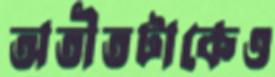
অতীতটাকেও